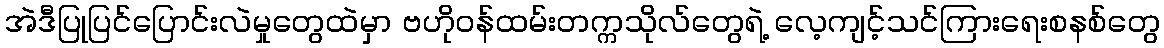
အဲဒီပြုပြင်ပြောင်းလဲမှုတွေထဲမှာ ဗဟိုဝန်ထမ်းတက္ကသိုလ်တွေရဲ့ လေ့ကျင့်သင်ကြားရေးစနစ်တွေ